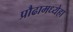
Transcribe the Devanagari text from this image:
प्रौढामध्येहा